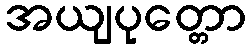
အယျပုတ္တော